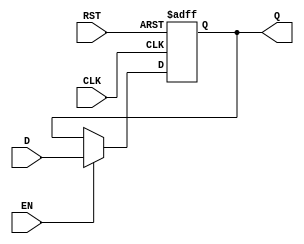
module stage_register (
    input wire CLK,      // Clock signal
    input wire EN,       // Enable signal
    input wire RST,      // Reset signal
    input wire [N-1:0] D, // Data input (N-bit wide)
    output reg [N-1:0] Q  // Data output (N-bit wide)
);
    parameter N = 8; // Define the width of the register (can be modified)

    // Asynchronous reset and data capture on clock edge
    always @(posedge CLK or posedge RST) begin
        if (RST) begin
            Q <= {N{1'b0}}; // Reset output to 0
        end else if (EN) begin
            Q <= D; // Capture input data when enabled
        end
        // If EN is low, Q retains its previous value
    end
endmodule